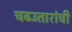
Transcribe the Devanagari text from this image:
चढउतारांची